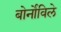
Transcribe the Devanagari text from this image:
बोर्नोविले